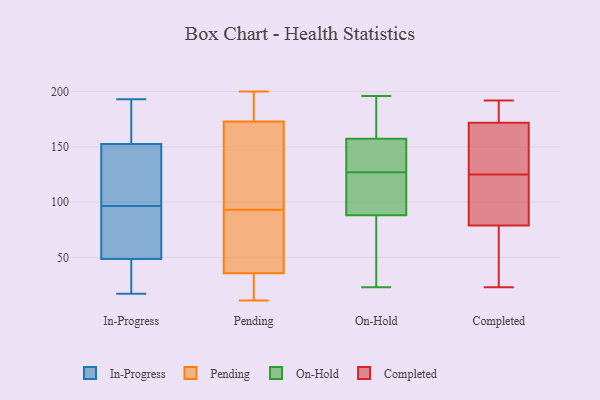
{"axis": {"x": "Conversion Rate (%)", "y": "Value"}, "legend": ["Completed", "In-Progress", "On-Hold", "Pending"], "data": [{"x": "", "y": 158, "type": "In-Progress"}, {"x": "", "y": 87, "type": "In-Progress"}, {"x": "", "y": 33, "type": "In-Progress"}, {"x": "", "y": 177, "type": "In-Progress"}, {"x": "", "y": 148, "type": "In-Progress"}, {"x": "", "y": 106, "type": "In-Progress"}, {"x": "", "y": 151, "type": "In-Progress"}, {"x": "", "y": 84, "type": "In-Progress"}, {"x": "", "y": 23, "type": "In-Progress"}, {"x": "", "y": 64, "type": "In-Progress"}, {"x": "", "y": 121, "type": "In-Progress"}, {"x": "", "y": 193, "type": "In-Progress"}, {"x": "", "y": 81, "type": "In-Progress"}, {"x": "", "y": 33, "type": "In-Progress"}, {"x": "", "y": 17, "type": "In-Progress"}, {"x": "", "y": 154, "type": "In-Progress"}, {"x": "", "y": 13, "type": "Pending"}, {"x": "", "y": 17, "type": "Pending"}, {"x": "", "y": 195, "type": "Pending"}, {"x": "", "y": 11, "type": "Pending"}, {"x": "", "y": 85, "type": "Pending"}, {"x": "", "y": 115, "type": "Pending"}, {"x": "", "y": 92, "type": "Pending"}, {"x": "", "y": 54, "type": "Pending"}, {"x": "", "y": 78, "type": "Pending"}, {"x": "", "y": 178, "type": "Pending"}, {"x": "", "y": 36, "type": "Pending"}, {"x": "", "y": 191, "type": "Pending"}, {"x": "", "y": 31, "type": "Pending"}, {"x": "", "y": 35, "type": "Pending"}, {"x": "", "y": 128, "type": "Pending"}, {"x": "", "y": 194, "type": "Pending"}, {"x": "", "y": 200, "type": "Pending"}, {"x": "", "y": 94, "type": "Pending"}, {"x": "", "y": 168, "type": "Pending"}, {"x": "", "y": 100, "type": "Pending"}, {"x": "", "y": 127, "type": "On-Hold"}, {"x": "", "y": 23, "type": "On-Hold"}, {"x": "", "y": 124, "type": "On-Hold"}, {"x": "", "y": 64, "type": "On-Hold"}, {"x": "", "y": 196, "type": "On-Hold"}, {"x": "", "y": 157, "type": "On-Hold"}, {"x": "", "y": 158, "type": "On-Hold"}, {"x": "", "y": 194, "type": "On-Hold"}, {"x": "", "y": 96, "type": "On-Hold"}, {"x": "", "y": 55, "type": "On-Hold"}, {"x": "", "y": 142, "type": "On-Hold"}, {"x": "", "y": 128, "type": "On-Hold"}, {"x": "", "y": 98, "type": "On-Hold"}, {"x": "", "y": 23, "type": "Completed"}, {"x": "", "y": 121, "type": "Completed"}, {"x": "", "y": 62, "type": "Completed"}, {"x": "", "y": 192, "type": "Completed"}, {"x": "", "y": 105, "type": "Completed"}, {"x": "", "y": 185, "type": "Completed"}, {"x": "", "y": 162, "type": "Completed"}, {"x": "", "y": 125, "type": "Completed"}, {"x": "", "y": 70, "type": "Completed"}, {"x": "", "y": 175, "type": "Completed"}, {"x": "", "y": 135, "type": "Completed"}]}